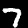
Label: 7